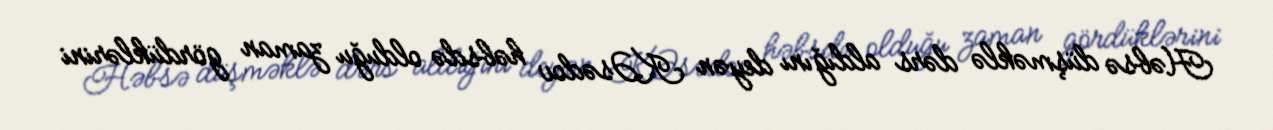
Həbsə düşməklə dərs aldığını deyən K.Əsədov həbsdə olduğu zaman gördüklərini